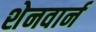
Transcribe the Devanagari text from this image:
शेनवार्न